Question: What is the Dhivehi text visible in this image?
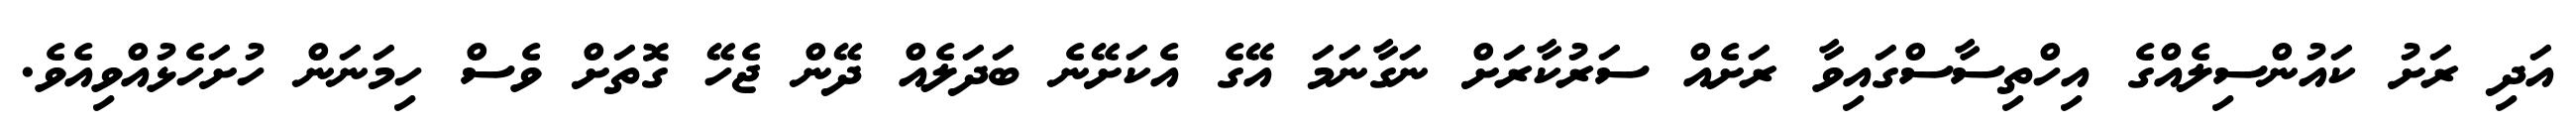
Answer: އަދި ރަށު ކައުންސިލެއްގެ އިހްތިސާސްގައިވާ ރަށެއް ސަރުކާރަށް ނަގާނަމަ އޭގެ އެކަށޭނެ ބަދަލެއް ދޭން ޖެހޭ ގޮތަށް ވެސް ހިމަނަން ހުށަހެޅުއްވިއެވެ.